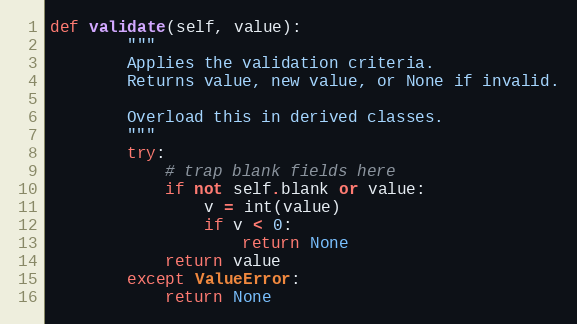
Language: Python
def validate(self, value):
        """
        Applies the validation criteria.
        Returns value, new value, or None if invalid.

        Overload this in derived classes.
        """
        try:
            # trap blank fields here
            if not self.blank or value:
                v = int(value)
                if v < 0:
                    return None
            return value
        except ValueError:
            return None